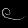
Digit: ၉